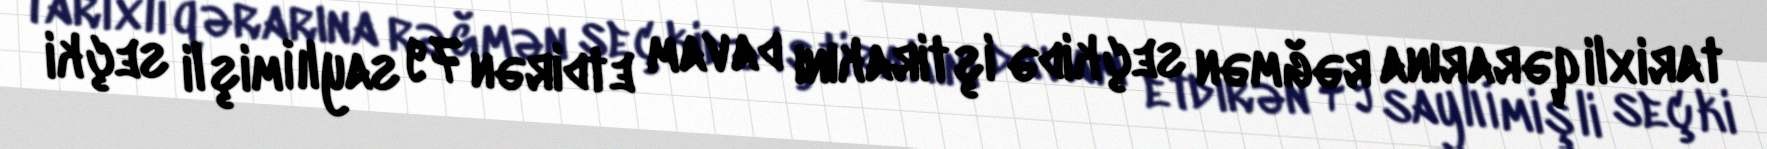
tarixli qərarına rəğmən seçkidə iştirakını davam etdirən 79 saylı İmişli seçki